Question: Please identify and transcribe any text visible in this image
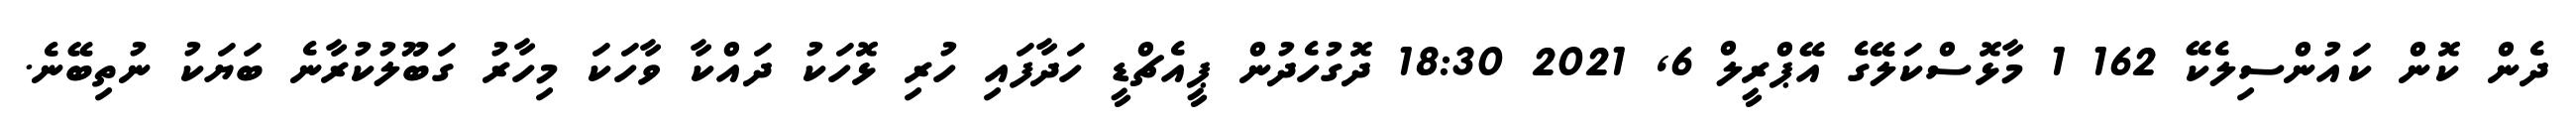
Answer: ދެން ކޮން ކައުންސިލެކޭ 162 1 މާޅޮސްކަލޭގެ އޭޕްރީލް 6, 2021 18:30 ދޮގުހެދުން ޕީއެޗްޑީ ހަދާފައި ހުރި ޅޮހަކު ދައްކާ ވާހަކަ މިހާރު ގަބޫލުކުރާނެ ބަޔަކު ނުތިބޭނެ.